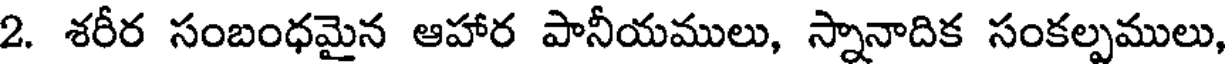
2. శరీర సంబంధమైన ఆహార పానీయములు, స్నానాదిక సంకల్పములు,